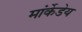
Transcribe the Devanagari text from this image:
मांर्केडेय